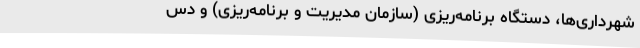
شهرداری‌ها، دستگاه برنامه‌ریزی (سازمان مدیریت و برنامه‌ریزی) و دس